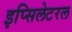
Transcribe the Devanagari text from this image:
इप्सिलेटरल